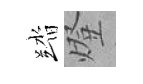
踏燈